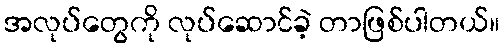
အလုပ်တွေကို လုပ်ဆောင်ခဲ့ တာဖြစ်ပါတယ်။